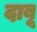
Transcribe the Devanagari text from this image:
दाबू